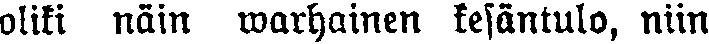
olisi näin warhainen kesäntulo, niin